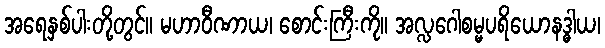
အရေနှစ်ပါးတို့တွင်။ မဟာဝီဏာယ၊ စောင်းကြီးကို။ အလ္လဂေါစမ္မပရိယောနဒ္ဓါယ၊